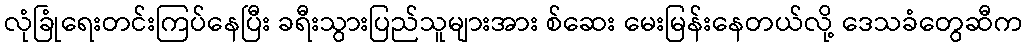
လုံခြုံရေးတင်းကြပ်နေပြီး ခရီးသွားပြည်သူများအား စ်ဆေး မေးမြန်းနေတယ်လို့ ဒေသခံတွေဆီက